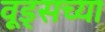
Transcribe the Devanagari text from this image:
वूड्सच्या